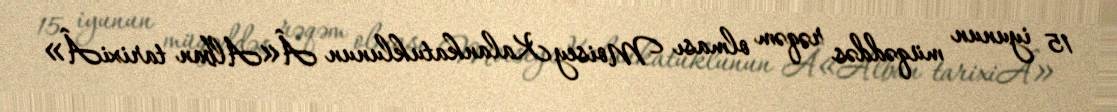
15 iyunun müqəddəs rəqəm olması Moisey Kalankatuklunun Â«Alban tarixiÂ»